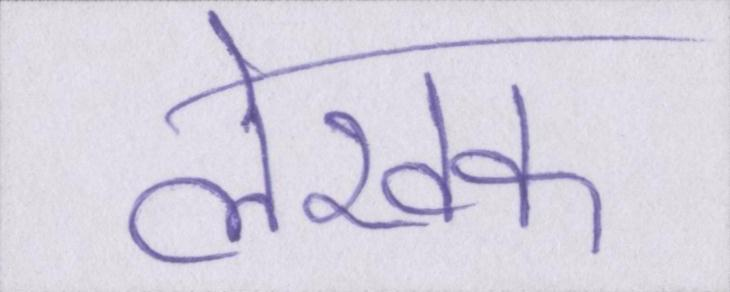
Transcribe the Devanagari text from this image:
लेखक